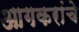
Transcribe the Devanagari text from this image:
आगकरांचे